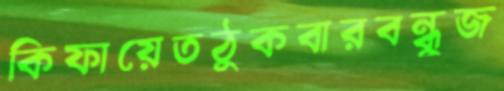
কিফায়েতঠুকবারবন্ধুজ